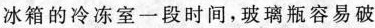
冰箱的冷冻室一段时间，玻璃瓶容易破